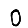
Digit: 0